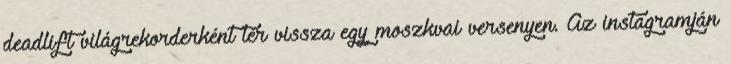
deadlift világrekorderként tér vissza egy moszkvai versenyen. Az instagramján